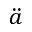
\ddot { a }